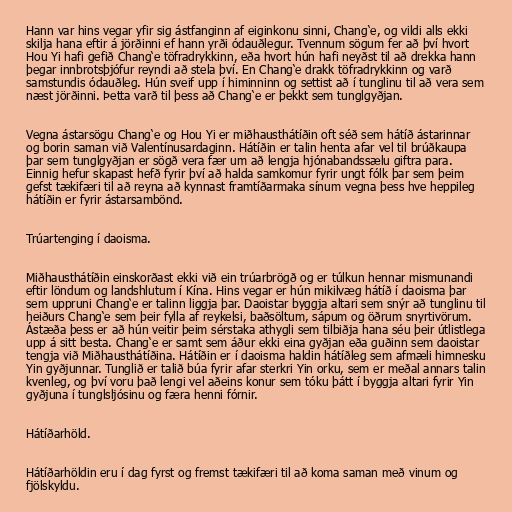
Hann var hins vegar yfir sig ástfanginn af eiginkonu sinni, Chang‘e, og vildi alls ekki
skilja hana eftir á jörðinni ef hann yrði ódauðlegur. Tvennum sögum fer að því hvort
Hou Yi hafi gefið Chang‘e töfradrykkinn, eða hvort hún hafi neyðst til að drekka hann
þegar innbrotsþjófur reyndi að stela því. En Chang‘e drakk töfradrykkinn og varð
samstundis ódauðleg. Hún sveif upp í himinninn og settist að í tunglinu til að vera sem
næst jörðinni. Þetta varð til þess að Chang‘e er þekkt sem tunglgyðjan.

Vegna ástarsögu Chang‘e og Hou Yi er miðhausthátíðin oft séð sem hátíð ástarinnar
og borin saman við Valentínusardaginn. Hátíðin er talin henta afar vel til brúðkaupa
þar sem tunglgyðjan er sögð vera fær um að lengja hjónabandssælu giftra para.
Einnig hefur skapast hefð fyrir því að halda samkomur fyrir ungt fólk þar sem þeim
gefst tækifæri til að reyna að kynnast framtíðarmaka sínum vegna þess hve heppileg
hátíðin er fyrir ástarsambönd.

Trúartenging í daoisma.

Miðhausthátíðin einskorðast ekki við ein trúarbrögð og er túlkun hennar mismunandi
eftir löndum og landshlutum í Kína. Hins vegar er hún mikilvæg hátíð í daoisma þar
sem uppruni Chang‘e er talinn liggja þar. Daoistar byggja altari sem snýr að tunglinu til
heiðurs Chang‘e sem þeir fylla af reykelsi, baðsöltum, sápum og öðrum snyrtivörum.
Ástæða þess er að hún veitir þeim sérstaka athygli sem tilbiðja hana séu þeir útlistlega
upp á sitt besta. Chang‘e er samt sem áður ekki eina gyðjan eða guðinn sem daoistar
tengja við Miðhausthátíðina. Hátíðin er í daoisma haldin hátíðleg sem afmæli himnesku
Yin gyðjunnar. Tunglið er talið búa fyrir afar sterkri Yin orku, sem er meðal annars talin
kvenleg, og því voru það lengi vel aðeins konur sem tóku þátt í byggja altari fyrir Yin
gyðjuna í tunglsljósinu og færa henni fórnir.

Hátíðarhöld.

Hátíðarhöldin eru í dag fyrst og fremst tækifæri til að koma saman með vinum og
fjölskyldu.